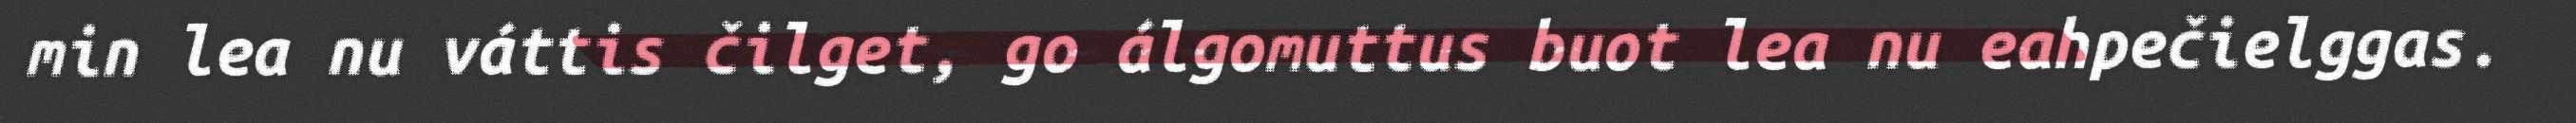
min lea nu váttis čilget, go álgomuttus buot lea nu eahpečielggas.